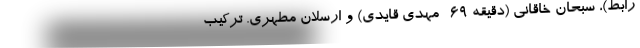
رابط)، سبحان خاقانی (دقیقه ۶۹- مهدی قایدی) و ارسلان مطهری. ترکیب